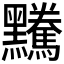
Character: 𪒿